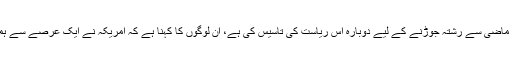
اب وہاں کے لوگوں نے اپنے ماضی سے رشتہ جوڑنے کے لیے دوبارہ اس ریاست کی تاسیس کی ہے، ان لوگوں کا کہنا ہے کہ امریکہ نے ایک عرصے سے ہماری قوم کو غلام بنارکھاہے۔